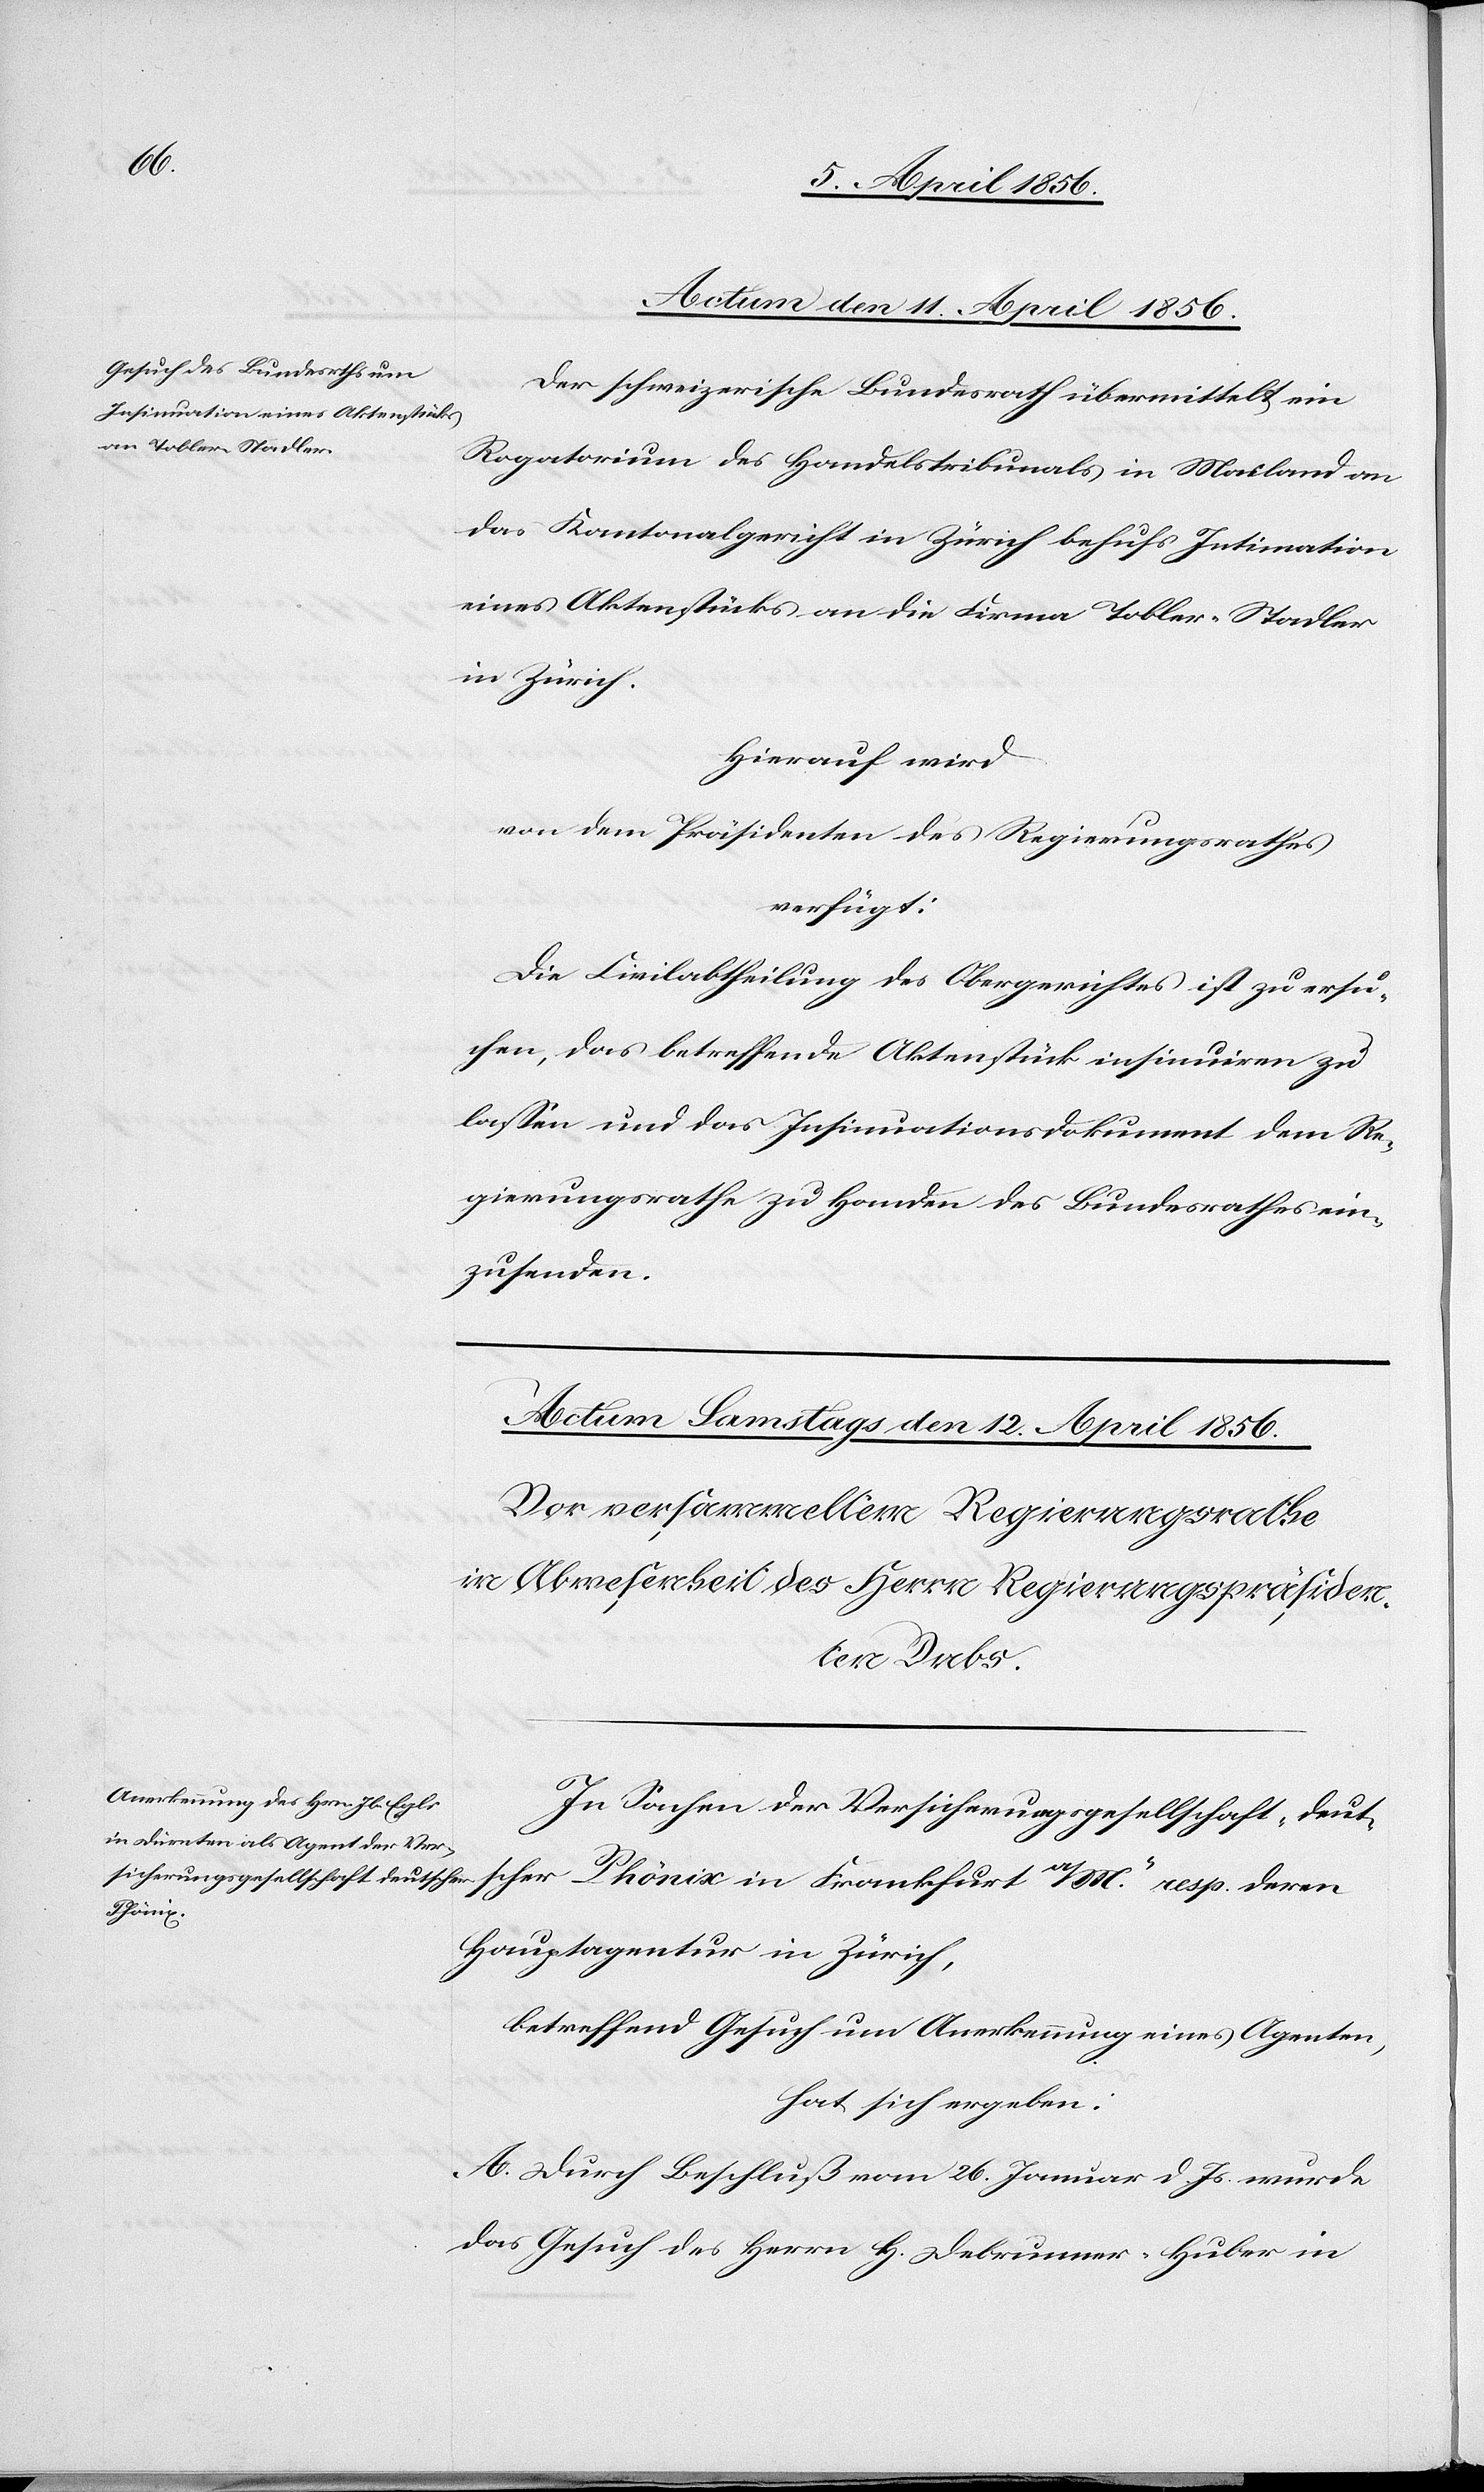
Actum den 11. April 1856.
Der schweizerische Bundesrath übermittelt ein
Rogatorium des Handelstribunals in Mailand an
das Kantonalgericht in Zürich behufs Intimation
eines Aktenstückes an die Firma Tobler-Stadler
in Zürich.
Hierauf wird
von dem Präsidenten des Regierungsrathes
verfügt:
Die Civilabtheilung des Obergerichtes ist zu ersu¬
chen, das betreffende Aktenstück insinuiren zu
lassen und das Insinuationsdokument dem Re¬
gierungsrathe zu Handen des Bundesrathes ein¬
zusenden.
In Sachen der Versicherungsgesellschaft „deut¬
scher Phönix in Frankfurt a/M.“ resp. deren
Hauptagenten in Zürich,
betreffend Gesuch um Anerkennung eines Agenten,
hat sich ergeben:
A. Durch Beschluß vom 26. Januar d. Js. wurde
das Gesuch des Herrn H. Debrunner-Huber in